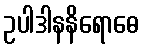
ဥပါဒါနနိရောဓေ